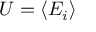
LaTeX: U = \left\langle E _ { i } \right\rangle